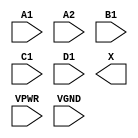
module sky130_fd_sc_hs__a2111o (
    //# {{data|Data Signals}}
    input  A1  ,
    input  A2  ,
    input  B1  ,
    input  C1  ,
    input  D1  ,
    output X   ,

    //# {{power|Power}}
    input  VPWR,
    input  VGND
);
endmodule